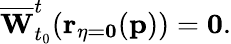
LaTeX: \overline{{\mathbf{W}}}_{t_{0}}^{t}(\mathbf{r_{\eta=0}}(\mathbf{p}))=\mathbf{0}.